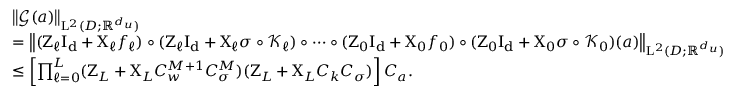
\begin{array} { r l } & { \left\| \boldsymbol { \mathcal { G } } ( a ) \right\| _ { \mathrm { L } ^ { 2 } ( D ; \mathbb { R } ^ { d _ { u } } ) } } \\ & { = \left\| ( \boldsymbol { \mathrm { Z } } _ { \ell } \boldsymbol { \mathrm { I _ { d } } } + \boldsymbol { \mathrm { X } } _ { \ell } f _ { \ell } ) \circ ( \boldsymbol { \mathrm { Z } } _ { \ell } \boldsymbol { \mathrm { I _ { d } } } + \boldsymbol { \mathrm { X } } _ { \ell } \sigma \circ \boldsymbol { \mathcal { K } } _ { \ell } ) \circ \cdots \circ ( \boldsymbol { \mathrm { Z } } _ { 0 } \boldsymbol { \mathrm { I _ { d } } } + \boldsymbol { \mathrm { X } } _ { 0 } f _ { 0 } ) \circ ( \boldsymbol { \mathrm { Z } } _ { 0 } \boldsymbol { \mathrm { I _ { d } } } + \boldsymbol { \mathrm { X } } _ { 0 } \sigma \circ \boldsymbol { \mathcal { K } } _ { 0 } ) ( a ) \right\| _ { \mathrm { L } ^ { 2 } ( D ; \mathbb { R } ^ { d _ { u } } ) } } \\ & { \leq \left[ \prod _ { \ell = 0 } ^ { L } ( \boldsymbol { \mathrm { Z } } _ { L } + \boldsymbol { \mathrm { X } } _ { L } C _ { w } ^ { M + 1 } C _ { \sigma } ^ { M } ) ( \boldsymbol { \mathrm { Z } } _ { L } + \boldsymbol { \mathrm { X } } _ { L } C _ { k } C _ { \sigma } ) \right] C _ { a } . } \end{array}